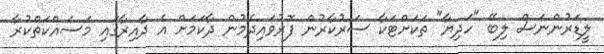
ލީޑަރުންނަސް ލިބޭ "ހަދިޔާ" ތަކަށްޓަކާ ސަރުކާރުން ފޮރުވައިދެމުން ދާކަމަށް އެ ދާއިރާގައި މަސައްކަތްކުރާ